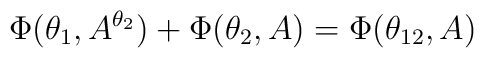
\Phi (\theta_1,A^{\theta_2})+\Phi (\theta_2,A)=\Phi (\theta_{12},A)